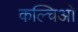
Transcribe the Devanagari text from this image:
कल्चिओ